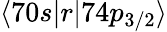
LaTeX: \langle 70s|r|74p_{3/2}\rangle